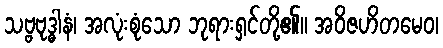
သဗ္ဗဗုဒ္ဓါနံ၊ အလုံးစုံသော ဘုရားရှင်တို့၏။ အဝိဇဟိတမေဝ၊